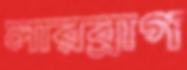
লারব্রাগ